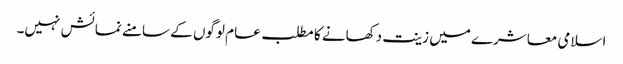
اسلامی معاشرے میں زینت دکھانے کا مطلب عام لوگوں کے سامنے نمائش نہیں۔